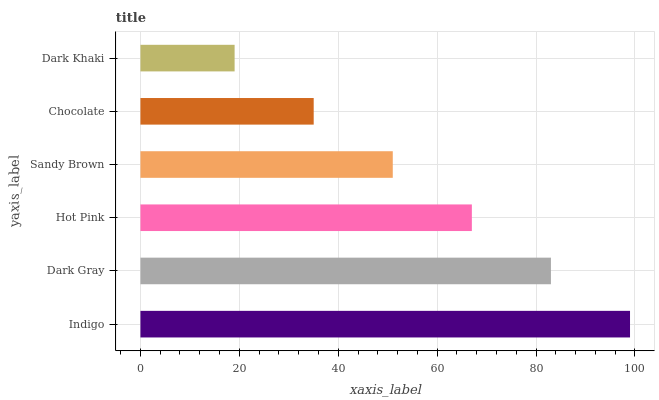
| yaxis_label | bars |
 | --- | --- |
 | Indigo | 99 |
 | Dark Gray | 83 |
 | Hot Pink | 67 |
 | Sandy Brown | 51 |
 | Chocolate | 35 |
 | Dark Khaki | 19 |